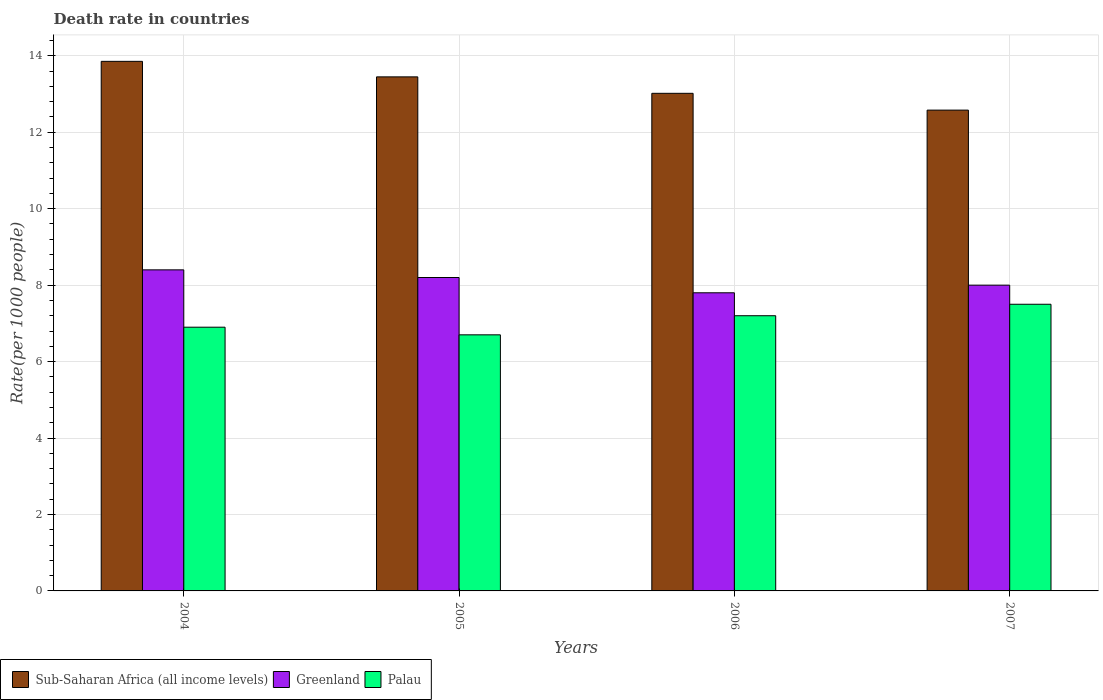
| Years | Sub-Saharan Africa (all income levels) | Greenland | Palau |
 | --- | --- | --- | --- |
 | 2004 | 13.9 | 8.4 | 6.9 |
 | 2005 | 13.4 | 8.2 | 6.7 |
 | 2006 | 13 | 7.8 | 7.2 |
 | 2007 | 12.6 | 8 | 7.5 |